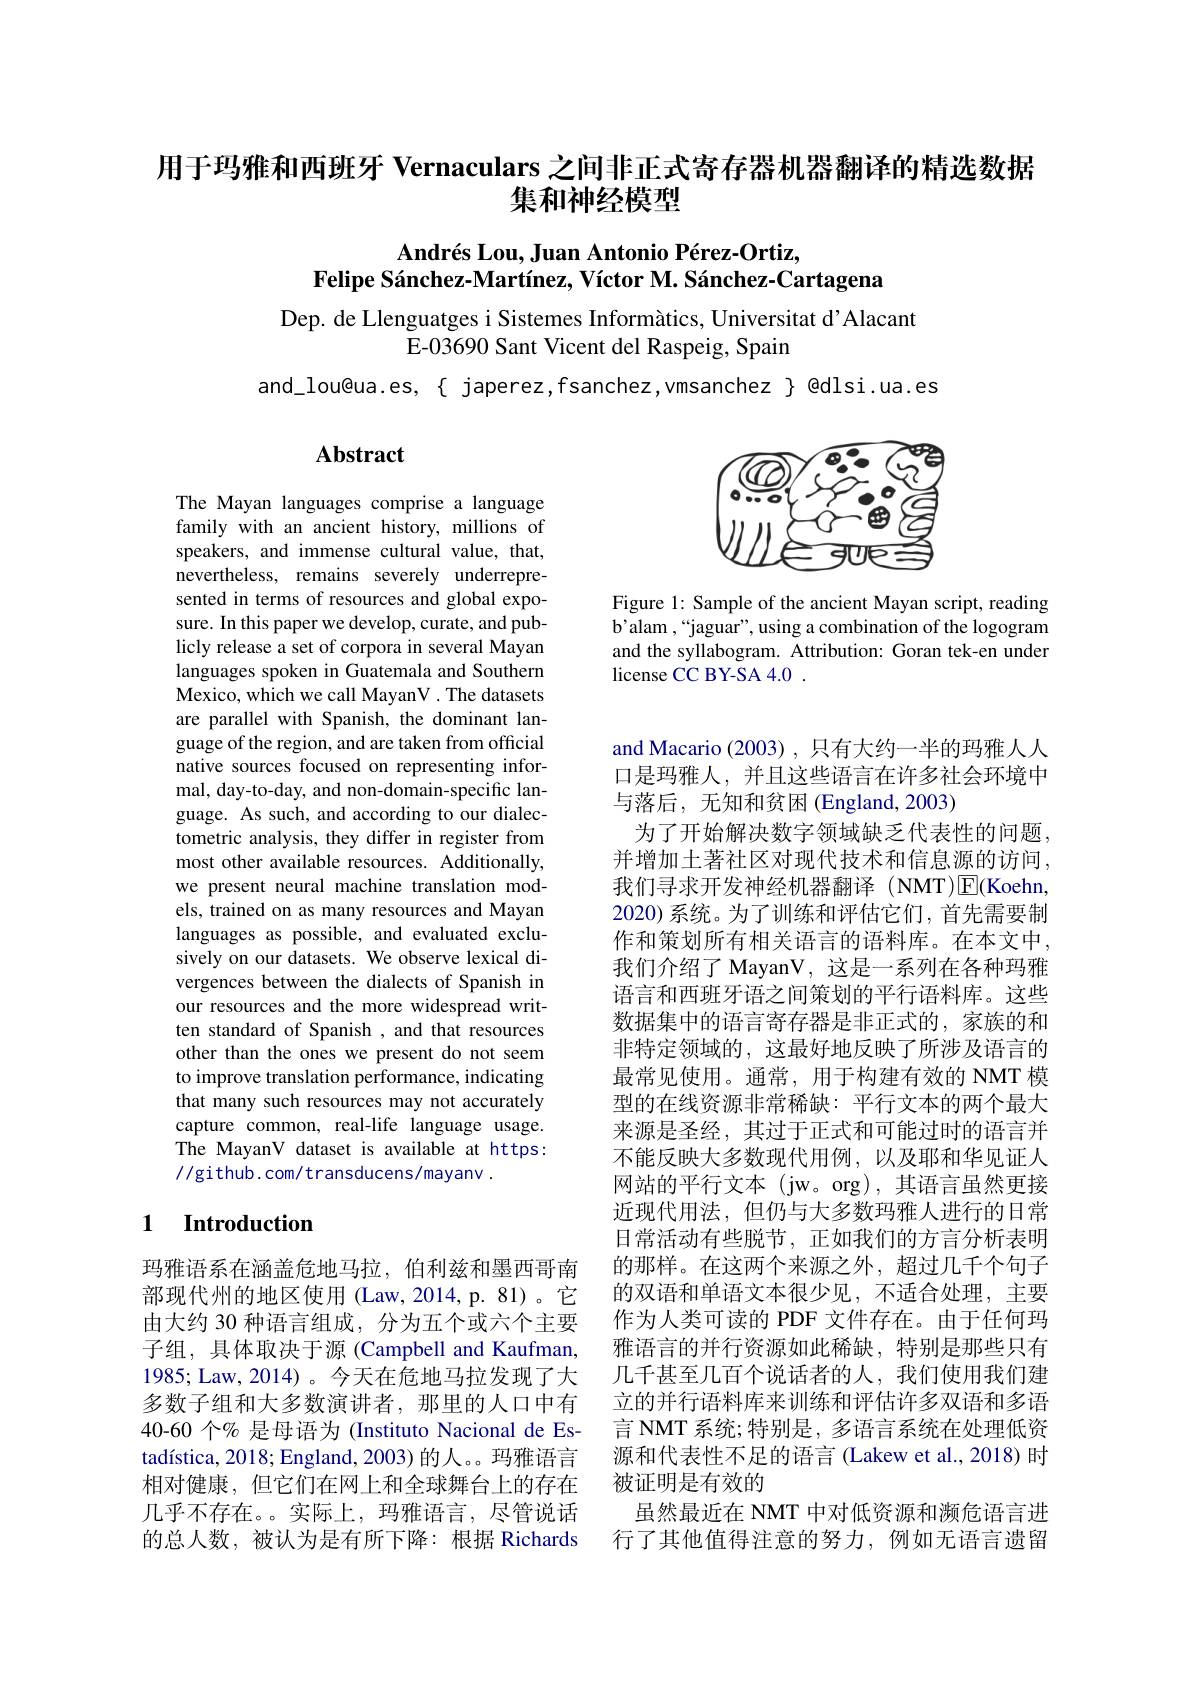
## 用于玛雅和西班牙 Vernaculars 之间非正式寄存器机器翻译的精选数据集和神经模型

$\textbf{Andr\' {e}sLou, Juan Antonio P\' {e}rez- Ortiz, }$
Felipe Sánchez-Martínez, Víctor M. Sánchez-Cartagena

Dep. de Llenguatges i Sistemes Informàtics, Universitat d'Alacant
E-03690 Sant Vicent del Raspeig, Spain

and\_lou@ua.es,{ japerez,fsanchez,vmsanchez{ @dlsi.ua.es

## Abstract

<FigureHere>

Figure 1: Sample of the ancient Mayan script, reading b'alam ,“jaguar”, using a combination of the logogram and the syllabogram. Attribution: Goran tek-en under license CC BY-SA 4.0 .

The Mayan languages comprise a language family with an ancient history, millions of speakers, and immense cultural value, that, nevertheless, remains severely underrepresented in terms of resources and global exposure. In this paper we develop, curate, and publicly release a set of corpora in several Mayan languages spoken in Guatemala and Southern Mexico, which we call MayanV . The datasets are parallel with Spanish, the dominant language of the region, and are taken from official native sources focused on representing informal, day-to-day, and non-domain-specific language. As such, and according to our dialectometric analysis, they differ in register from most other available resources. Additionally, we present neural machine translation models, trained on as many resources and Mayan languages as possible, and evaluated exclusively on our datasets. We observe lexical divergences between the dialects of Spanish in our resources and the more widespread written standard of Spanish , and that resources other than the ones we present do not seem to improve translation performance, indicating that many such resources may not accurately capture common, real-life language usage. The MayanV dataset is available at https: //github.com/transducens/mayanv.

and Macario (2003) , 只有大约一半的玛雅人人口是玛雅人，并且这些语言在许多社会环境中与落后，无知和贫困(England,2003)
为了开始解决数字领域缺乏代表性的问题， 并增加土著社区对现代技术和信息源的访问， 我们寻求开发神经机器翻译(NMT)E(Koehn, 2020) 系统。为了训练和评估它们，首先需要制作和策划所有相关语言的语料库。在本文中， 我们介绍了 MayanV, 这是一系列在各种玛雅语言和西班牙语之间策划的平行语料库。这些数据集中的语言寄存器是非正式的，家族的和非特定领域的，这最好地反映了所涉及语言的最常见使用。通常，用于构建有效的 NMT 模型的在线资源非常稀缺：平行文本的两个最大来源是圣经，其过于正式和可能过时的语言并不能反映大多数现代用例，以及耶和华见证人网站的平行文本(jw。org),其语言虽然更接近现代用法，但仍与大多数玛雅人进行的日常日常活动有些脱节，正如我们的方言分析表明的那样。在这两个来源之外，超过几千个句子的双语和单语文本很少见，不适合处理，主要作为人类可读的 PDF 文件存在。由于任何玛雅语言的并行资源如此稀缺，特别是那些只有几千甚至几百个说话者的人，我们使用我们建立的并行语料库来训练和评估许多双语和多语言 NMT 系统；特别是，多语言系统在处理低资源和代表性不足的语言(Lakew et al., 2018) 时被证明是有效的
虽然最近在 NMT 中对低资源和濒危语言进行了其他值得注意的努力，例如无语言遗留

## 1 Introduction

玛雅语系在涵盖危地马拉，伯利兹和墨西哥南部现代州的地区使用(Law,2014,p.81)。它由大约 30 种语言组成，分为五个或六个主要子组，具体取决于源(Campbell and Kaufman, 1985; Law, 2014)。今天在危地马拉发现了大多数子组和大多数演讲者，那里的人口中有40-60 个% 是母语为 (Instituto Nacional de Estadística, 2018; England, 2003) 的人。。玛雅语言相对健康，但它们在网上和全球舞台上的存在几乎不存在。。实际上，玛雅语言，尽管说话的总人数，被认为是有所下降：根据 Richards